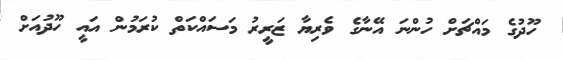
ހޫދުގެ މައްޗަށް ހުންނަ އޭނާގެ ވެރިޔާ ޒަރީރު މަސައްކަތް ކުރަމުން އައީ ހޫދުއަށް